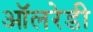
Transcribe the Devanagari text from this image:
ऑलरेडी